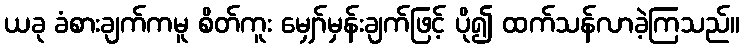
ယခု ခံစားချက်ကမူ စိတ်ကူး မျှော်မှန်းချက်ဖြင့် ပို၍ ထက်သန်လာခဲ့ကြသည်။